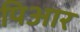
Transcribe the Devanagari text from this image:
पिआर